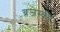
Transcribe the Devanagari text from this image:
ब्रजेंस्की